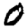
Digit: 0